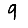
Digit: 9